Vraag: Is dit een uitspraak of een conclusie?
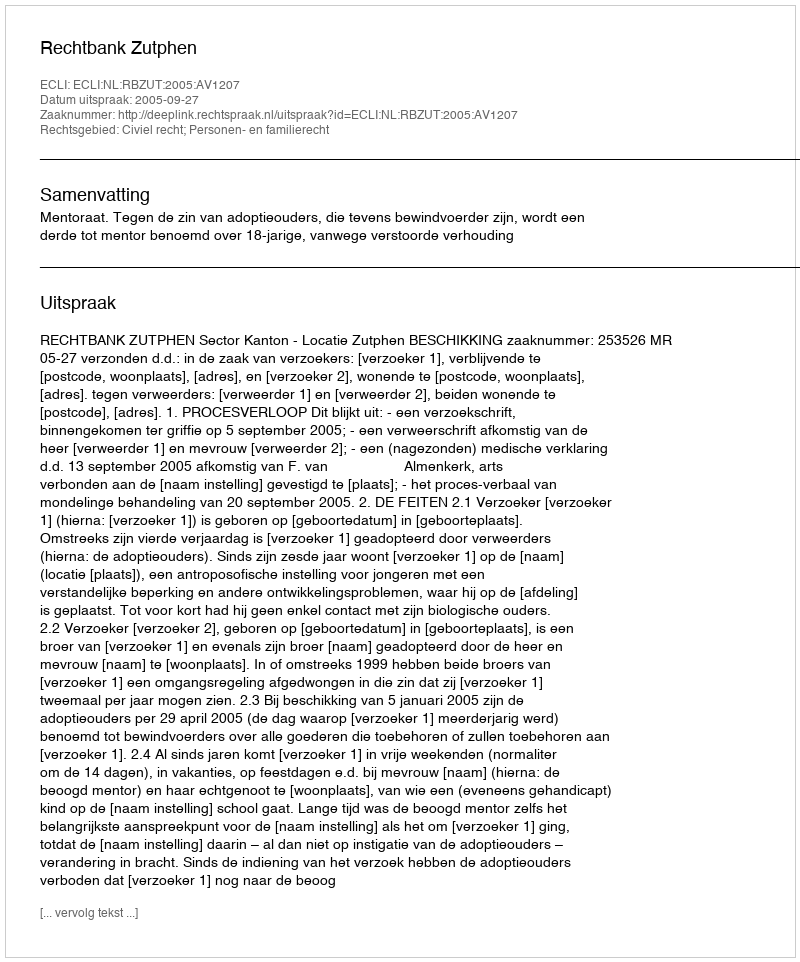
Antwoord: Uitspraak